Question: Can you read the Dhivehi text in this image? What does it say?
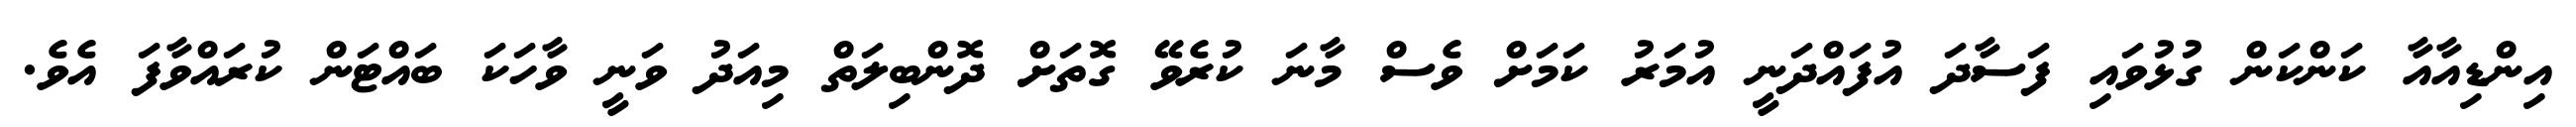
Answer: އިންޑިއާއާ ކަންކަން ގުޅުވައި ފަސާދަ އުފައްދަނީ އުމަރު ކަމަށް ވެސް މާނަ ކުރެވޭ ގޮތަށް ދޮންބިލަތް މިއަދު ވަނީ ވާހަކަ ބައްޓަން ކުރައްވާފަ އެވެ.